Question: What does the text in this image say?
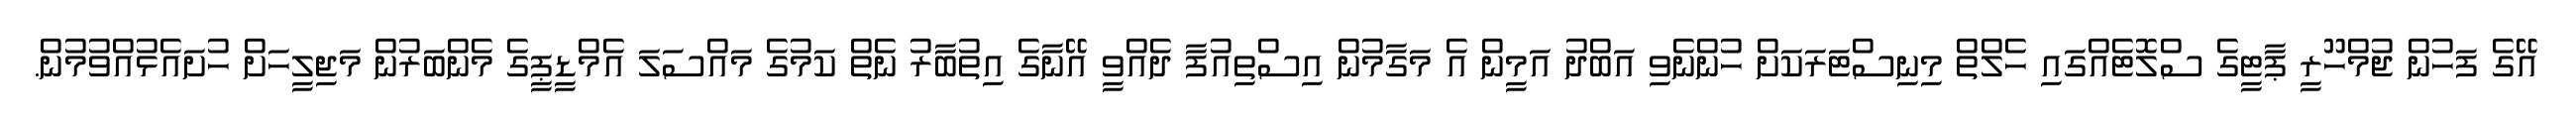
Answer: އޭގެ ފަހުން ޖުމްހޫރީ ޕާޓީގެ ސްލޮޓެއްގައި ހެލްތް މިނިސްޓަރަކަށް ހުންނެވި އަބްދު އަމީން އެ މަގާމުން އިސްތިއުފާ ދެއްވީ އޭނާގެ އިތުބާރު ނެތް ކަމުގެ މައްސަލަ އެމްޑީޕީގެ މެންބަރުން މަޖިލީހަށް ހުށައެޅުއްވުމުން.